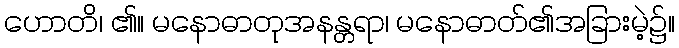
ဟောတိ၊ ၏။ မနောဓာတုအနန္တရာ၊ မနောဓာတ်၏အခြားမဲ့၌။